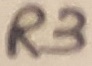
Text: R3